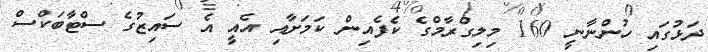
ދަޅުގައި ހުންނާނީ 160 މިލިގްރާމްގެ ކެފެއިން ކަމަށާއި އެއީ އެ ސައިޒުގެ ސްޓާބަކްސް